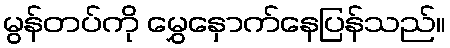
မွန်တပ်ကို မွှေနှောက်နေပြန်သည်။